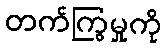
တက်ကြွမှုကို